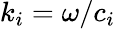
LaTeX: k_{i}=\omega/c_{i}